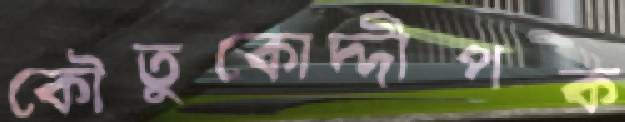
কৌতুকোদ্দীপক